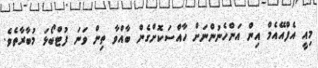
މިއީ އެފްއޭއެމް އިން އަންހެނުންނަށް ހާއްސަކޮށްގެން ބާއްވާ ތިން ވަނަ ފުޓްބޯޅަ މުބާރާތެވެ.